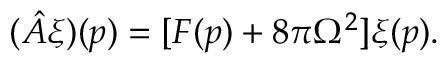
( \hat { A } \xi ) ( p ) = [ F ( p ) + 8 \pi \Omega ^ { 2 } ] \xi ( p ) .